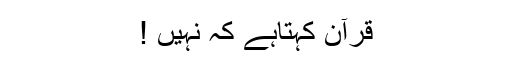
قرآن کہتاہے کہ نہیں !